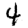
Digit: 4